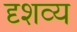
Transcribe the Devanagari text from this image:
दृशव्य